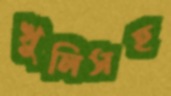
খুলিসহ